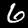
Label: 6